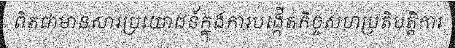
ពិតជាមានសារប្រយោជន៍ក្នុងការបង្កើតកិច្ចសហប្រតិបត្តិការ